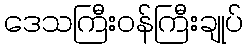
ဒေသကြီးဝန်ကြီးချုပ်